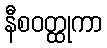
နီစဝတ္ထုကာ